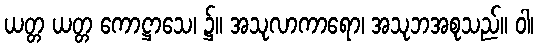
ယတ္တ ယတ္တ ကောဋ္ဌာသေ၊ ၌။ အသုလာကာရော၊ အသုဘအစုသည်။ ဝါ၊